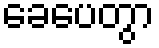
ခေပေတွာ